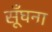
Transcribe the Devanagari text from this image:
सूँघना